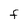
Character: F